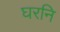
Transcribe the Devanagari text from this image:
घरनि